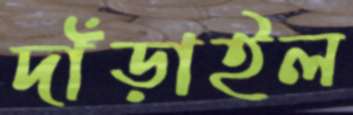
দাঁড়াইল